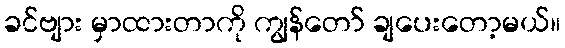
ခင်ဗျား မှာထားတာကို ကျွန်တော် ချပေးတော့မယ်။